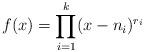
LaTeX: \begin{align*}f(x)=\prod_{i=1}^{k}(x-n_i)^{r_i}\end{align*}